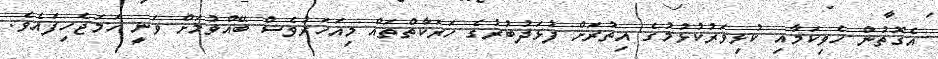
އެގޮތުން ހެވިކަމާއި ކުޅިވަރުކުޅުމުގެ އިތުރަށް ފުޅަދުބުރުގެ ހަރަކާތްތައް މިއަހަރުވެސް ބޭއްވުމަށް ވަނީ ހަމަޖެހިފައެވެ.